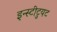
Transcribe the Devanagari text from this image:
इन्स्टीटुयट